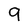
Character: 9